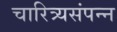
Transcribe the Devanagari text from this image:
चारित्र्यसंपन्न